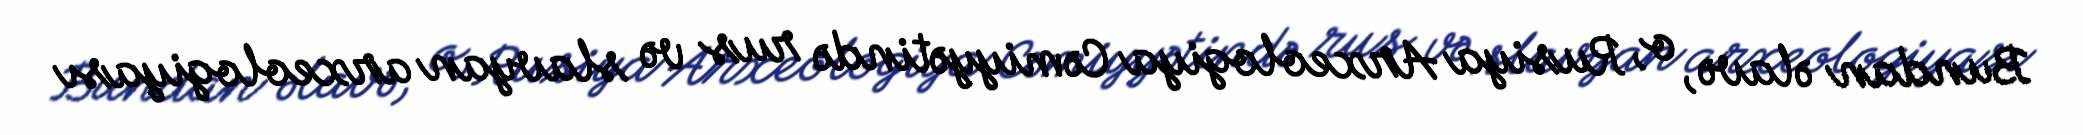
Bundan əlavə, o, Rusiya Arxeologiya Cəmiyyətində rus və slavyan arxeologiyası